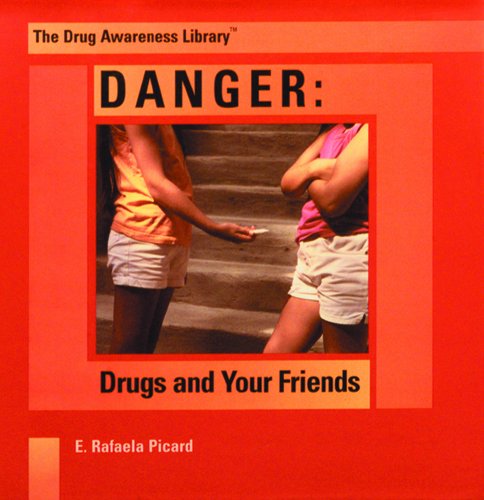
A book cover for Danger: Drugs and Your Friends (The Drug Awareness Library); E. Rafaela Picard; Health, Fitness & Dieting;